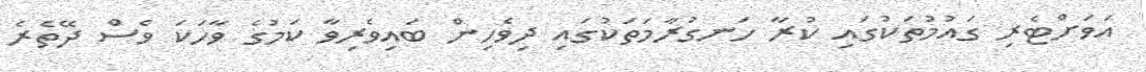
އަވަށްޓެރި ގައުމުތަކުގައި ކުރާ ހަނގުރާމަތަކުގައި ދިވެހިން ބައިވެރިވާ ކަމުގެ ވާހަކަ ވެސް ދޭތެރެ